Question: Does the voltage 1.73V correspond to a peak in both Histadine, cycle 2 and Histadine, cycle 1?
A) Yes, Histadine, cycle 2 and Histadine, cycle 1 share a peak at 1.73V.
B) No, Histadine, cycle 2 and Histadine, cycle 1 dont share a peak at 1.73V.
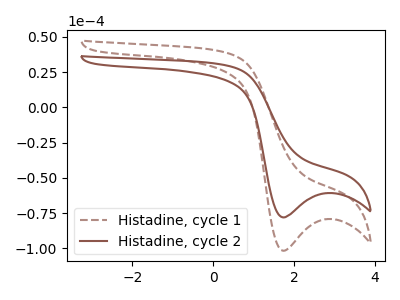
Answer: <think>The brown dashed curve "Histadine, cycle 1" has a cathodic peak at: (1.75V, -101.75uA). The brown curve "Histadine, cycle 2" has a cathodic peak at: (1.75V, -78.10uA).</think>
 <answer>A) Yes, "Histadine, cycle 2" and "Histadine, cycle 1" share a peak at 1.73V.</answer>
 <eval>A</eval>